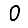
Digit: 0